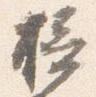
摂